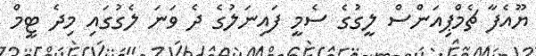
ޔޫއެފާ ޗެމްޕިއަންސް ލީގުގެ ސެމީ ފައިނަލުގެ ދެ ވަނަ ލެގުގައި މިދެ ޓީމް